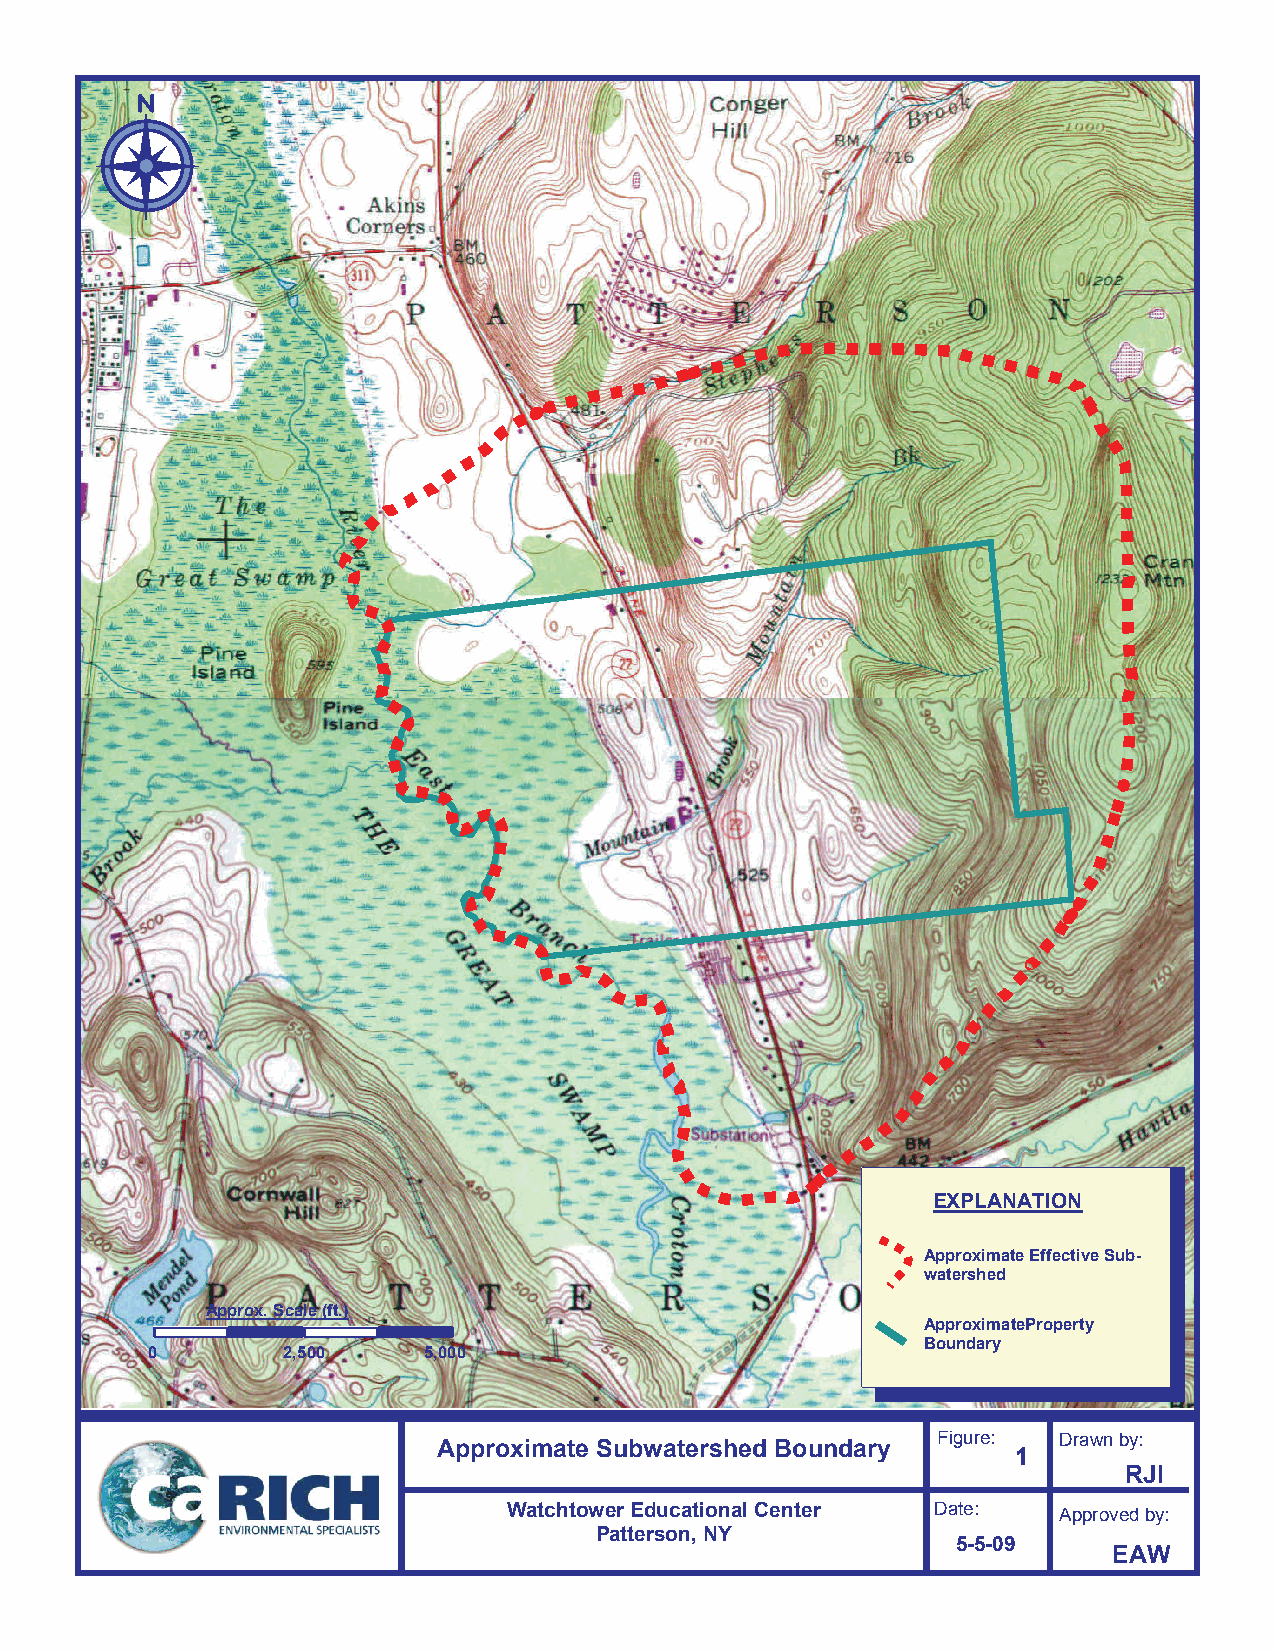
EXPLANATION
 Approximate Effective Sub-
 watershed
 Approx. Scale (ft.)
 ApproximateProperty
 Boundary
 0        2,500    5,000
 Approximate Subwatershed Boundary Figure: Drawn by:
 1
 RJI
 Watchtower Educational Center Date: Approved by:
 Patterson, NY
 5-5-09
 EAW